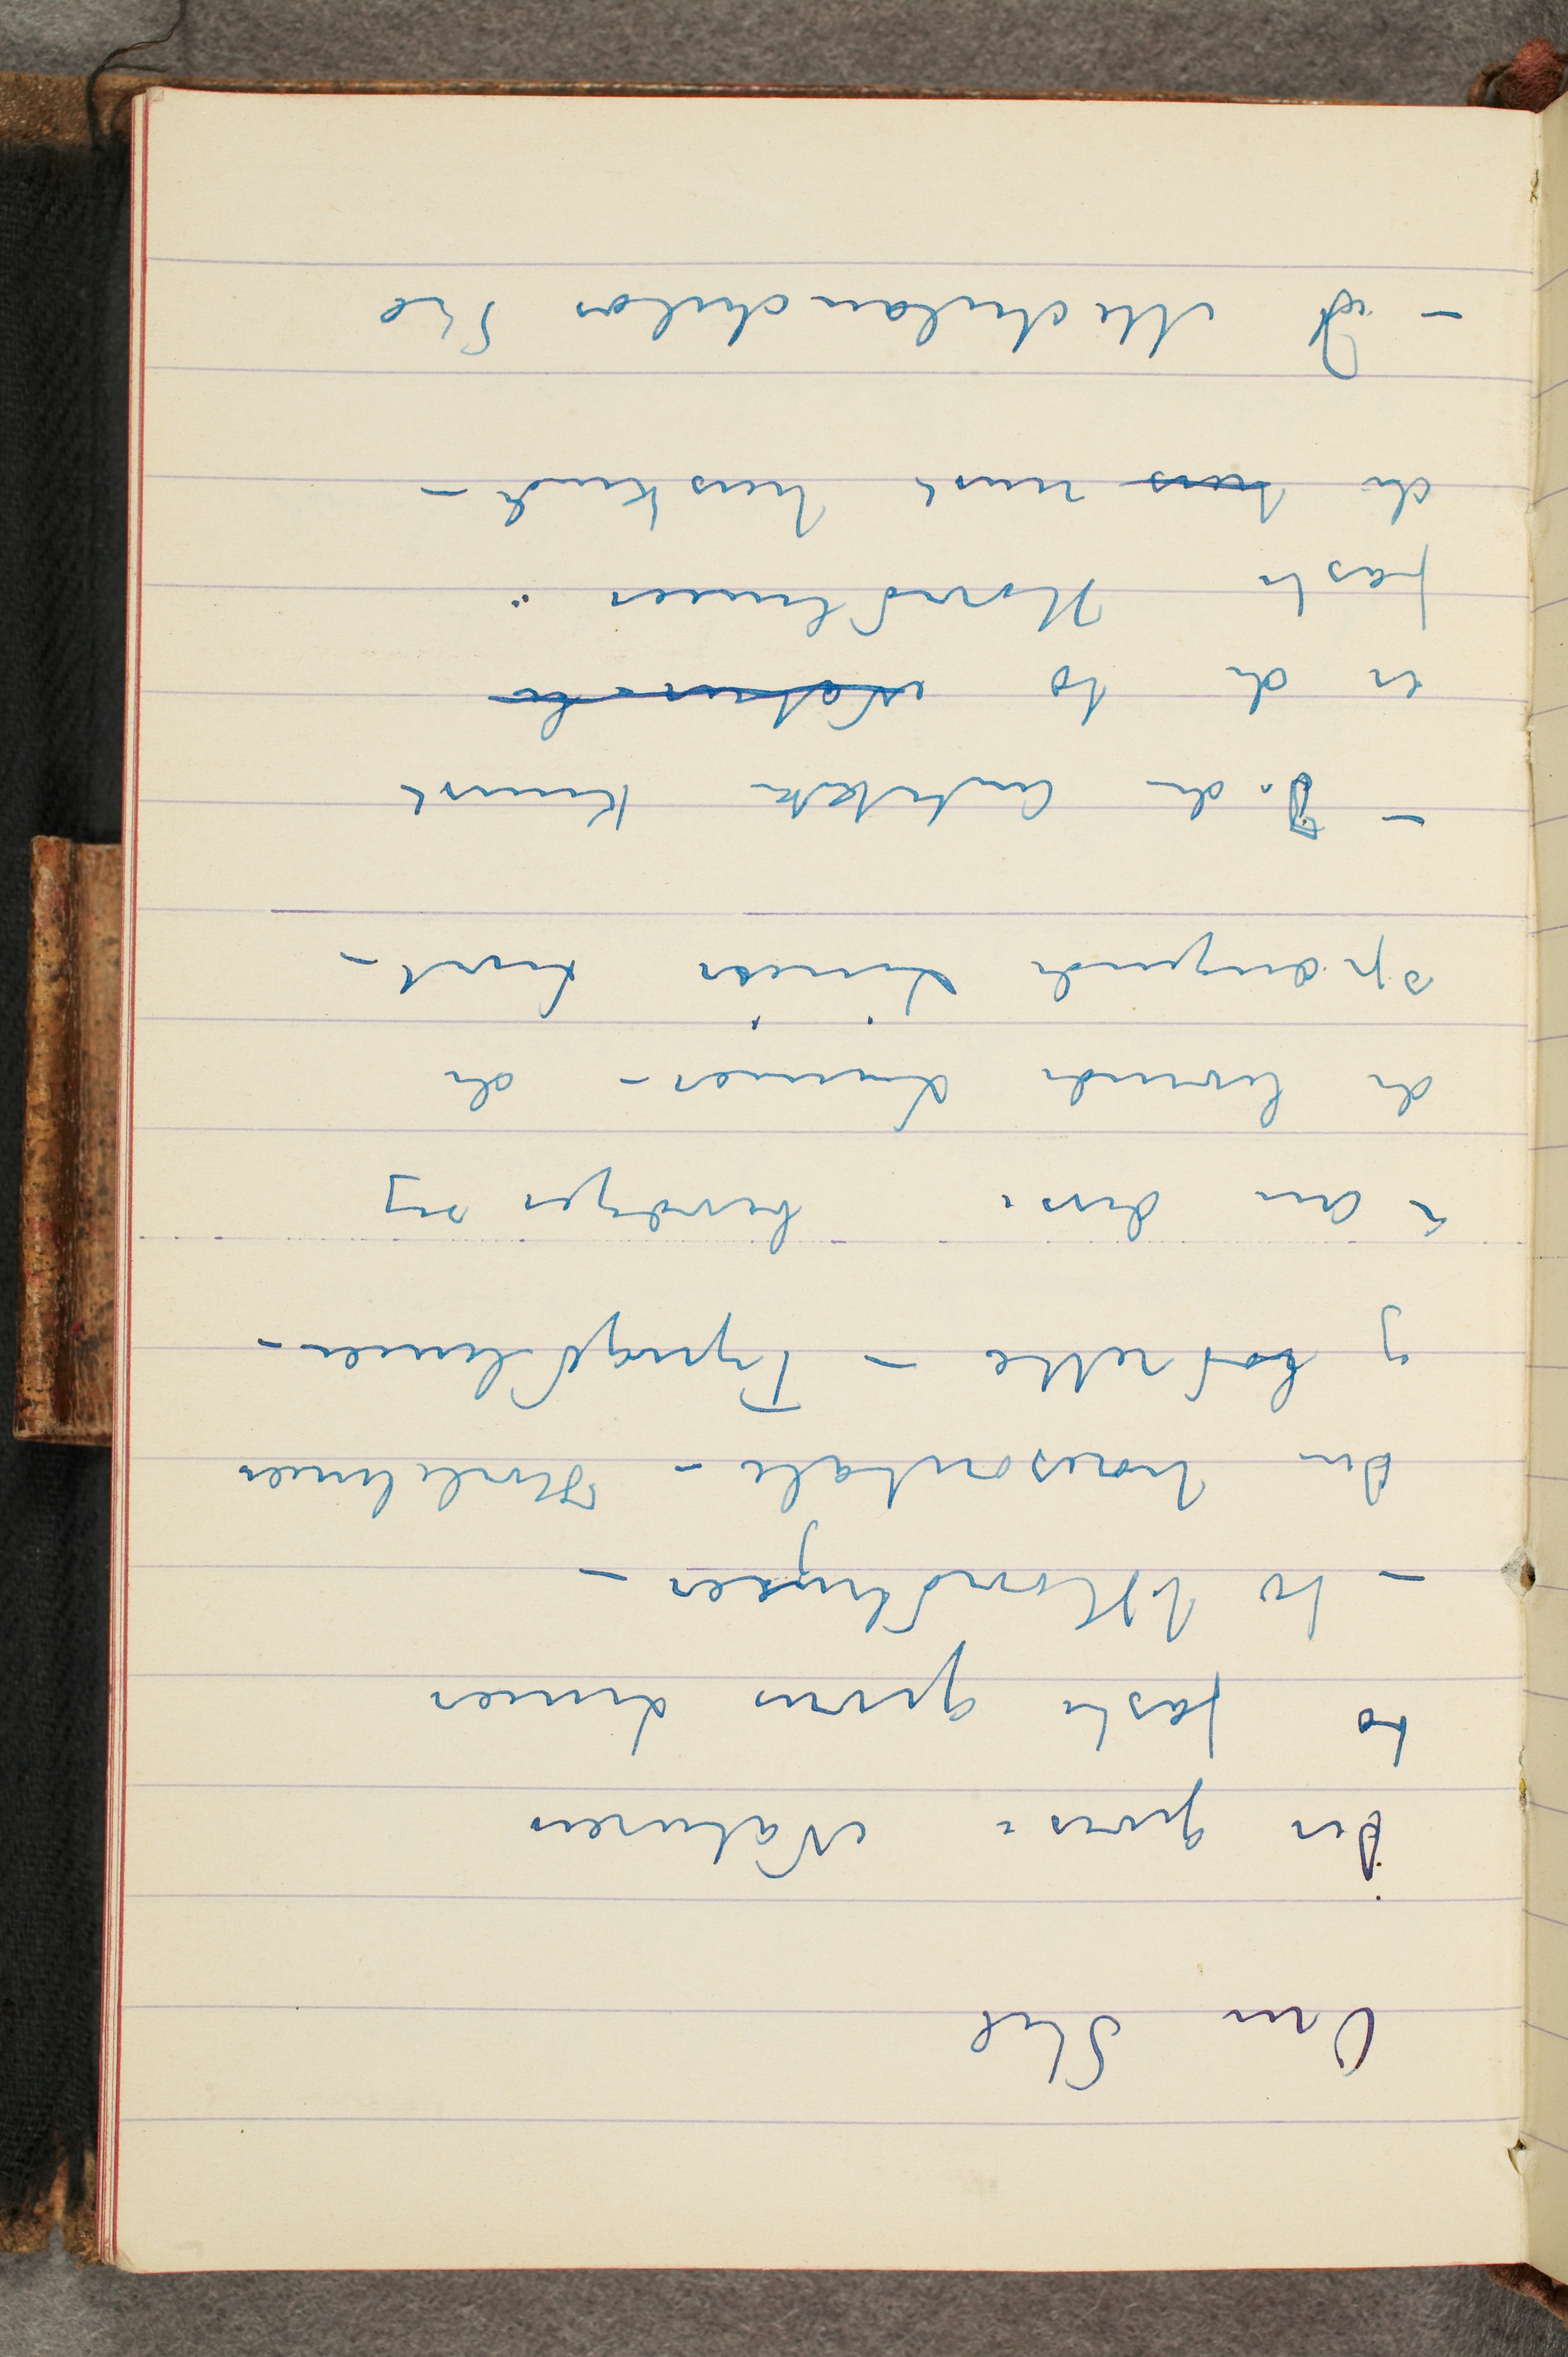
Om Stil
Der gives i Naturen
to faste givne Linier
– to Hovedlinjier –
Den horisontale – Hvilelinien
og lodrette – Tyngdlinien –
– Om disse bevæger sig
de levende Linier – de
sprængende Linier  Livet –
– I den Antikke Kunst
er der to Natur-li
faste Hovedlinier
de hers mest herskende –
– I Michelanchelos Stil